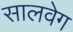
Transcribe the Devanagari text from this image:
सालवेग